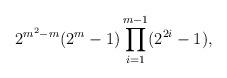
LaTeX: \begin{align*}2^{m^2-m}(2^m-1)\prod_{i=1}^{m-1}(2^{2i}-1),\end{align*}